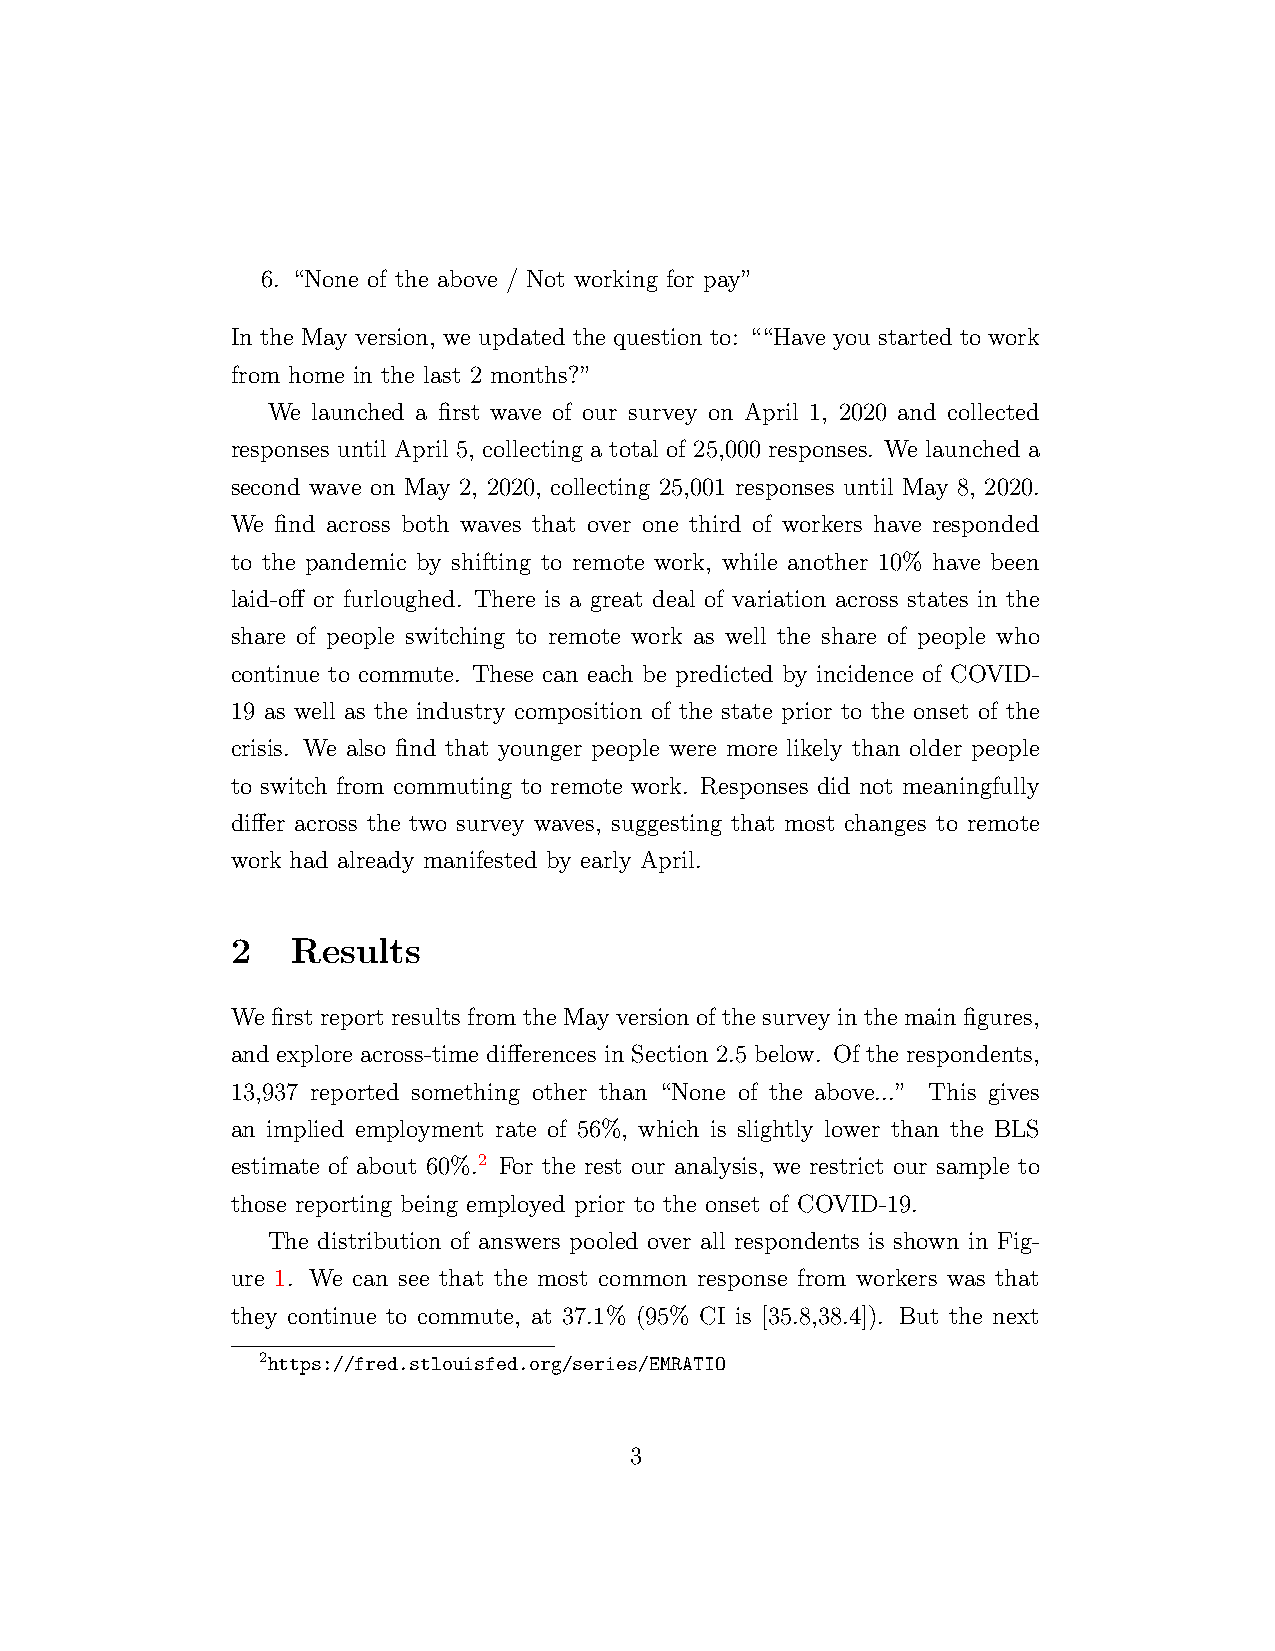
6. “None of the above / Not working for pay”
 In the May version, we updated the question to: ““Have you started to work
 from home in the last 2 months?”
 We launched a first wave of our survey on April 1, 2020 and collected
 responses until April 5, collecting a total of 25,000 responses. We launched a
 second wave on May 2, 2020, collecting 25,001 responses until May 8, 2020.
 We find across both waves that over one third of workers have responded
 to the pandemic by shifting to remote work, while another 10% have been
 laid-off or furloughed. There is a great deal of variation across states in the
 share of people switching to remote work as well the share of people who
 continue to commute. These can each be predicted by incidence of COVID-
 19 as well as the industry composition of the state prior to the onset of the
 crisis. We also find that younger people were more likely than older people
 to switch from commuting to remote work. Responses did not meaningfully
 differ across the two survey waves, suggesting that most changes to remote
 work had already manifested by early April.
 2   Results
 We first report results from the May version of the survey in the main figures,
 and explore across-time differences in Section 2.5 below. Of the respondents,
 13,937 reported something other than “None of the above...” This gives
 an implied employment rate of 56%, which is slightly lower than the BLS
 estimate of about 60%.2 For the rest our analysis, we restrict our sample to
 those reporting being employed prior to the onset of COVID-19.
 The distribution of answers pooled over all respondents is shown in Fig-
 ure 1. We can see that the most common response from workers was that
 they continue to commute, at 37.1% (95% CI is [35.8,38.4]). But the next
 2https://fred.stlouisfed.org/series/EMRATIO
 3